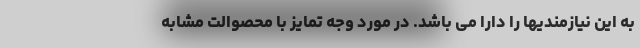
به این نیازمندیها را دارا می باشد. در مورد وجه تمایز با محصوالت مشابه